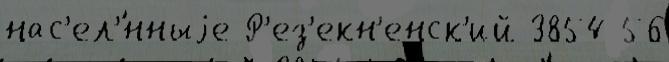
нас'ел'́нныjе Р'ез'екн'енск'ий 3854 56